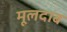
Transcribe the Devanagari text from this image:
मूलदाब